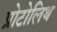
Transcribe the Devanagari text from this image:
प्रोटोलिथ